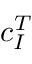
c _ { I } ^ { T }